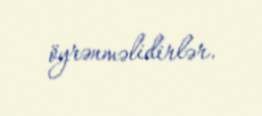
öyrənməlidirlər.